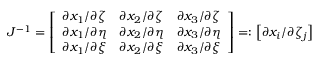
J ^ { - 1 } = \left[ \begin{array} { l l l } { \partial x _ { 1 } / \partial \zeta } & { \partial x _ { 2 } / \partial \zeta } & { \partial x _ { 3 } / \partial \zeta } \\ { \partial x _ { 1 } / \partial \eta } & { \partial x _ { 2 } / \partial \eta } & { \partial x _ { 3 } / \partial \eta } \\ { \partial x _ { 1 } / \partial \xi } & { \partial x _ { 2 } / \partial \xi } & { \partial x _ { 3 } / \partial \xi } \end{array} \right] = : \left[ \partial x _ { i } / \partial \zeta _ { j } \right]